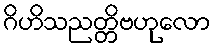
ဂိဟိသညတ္တိဗဟုလော